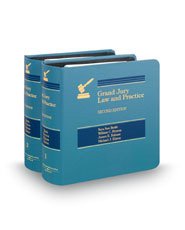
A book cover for Grand Jury Law and Practice; Law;